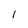
Character: I